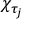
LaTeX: \chi _ { \tau _ { j } }